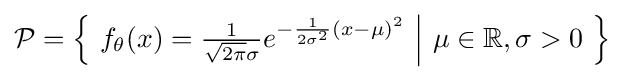
{\mathcal {P}}={\Big \{}\ f_{\theta }(x)={\tfrac {1}{{\sqrt {2\pi }}\sigma }}e^{-{\frac {1}{2\sigma ^{2}}}(x-\mu )^{2}}\ {\Big |}\ \mu \in \mathbb {R} ,\sigma >0\ {\Big \}}